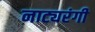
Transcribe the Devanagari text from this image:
नाट्यरंगी